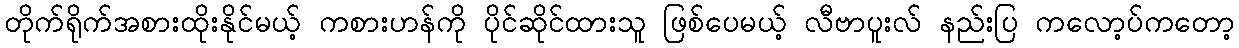
တိုက်ရိုက်အစားထိုးနိုင်မယ့် ကစားဟန်ကို ပိုင်ဆိုင်ထားသူ ဖြစ်ပေမယ့် လီဗာပူးလ် နည်းပြ ကလော့ပ်ကတော့